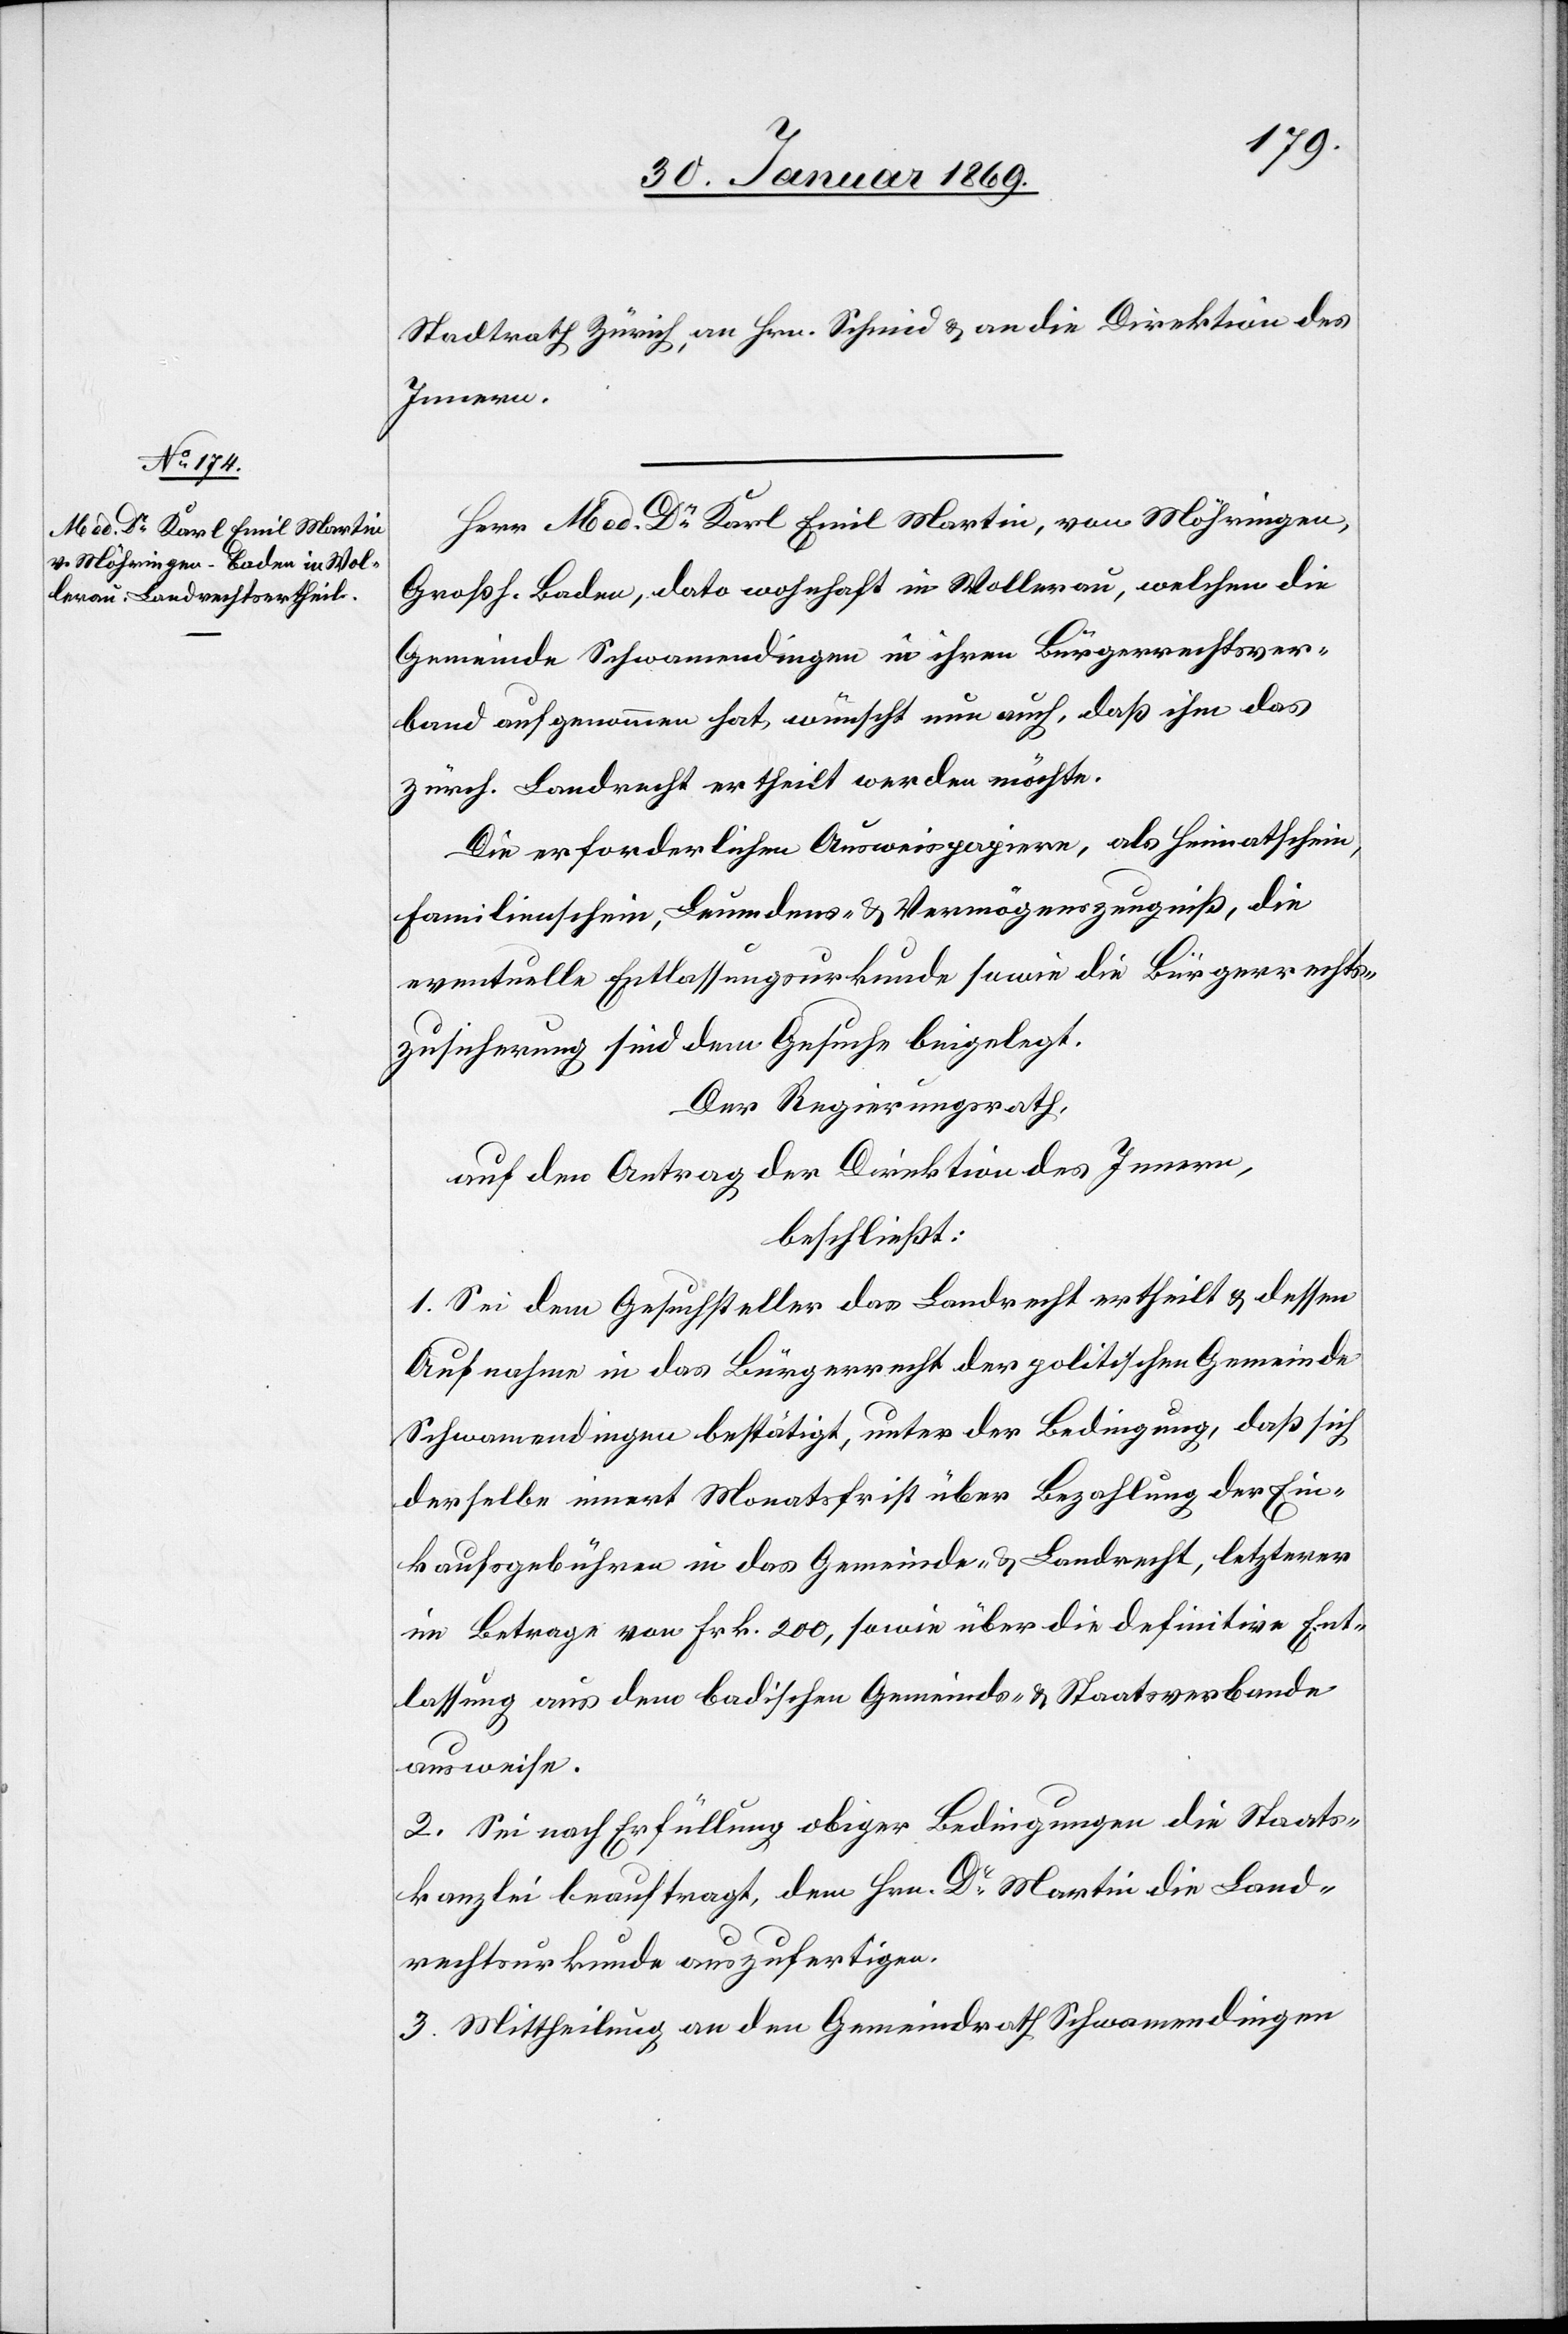
Stadtrath Zürich, an Hrn. Schmid u. an die Direktion des
Innern.
Herr Med. Dr Karl Emil Martin, von Möhringen,
Großh. Baden, dato wohnhaft in Wollerau, welchen die
Gemeinde Schwamendingen in ihren Bürgerrechtsver¬
band aufgenommen hat, wünscht nun auch, daß ihm das
zürch. Landrecht ertheilt werden möchte.
Die erforderlichen Ausweispapiere, als Heimatschein,
Familienschein, Leumdens- u. Vermögenszeugniß, die
eventuelle Entlassungsurkunde sowie die Bürgerrechts¬
zusicherung sind dem Gesuche beigelegt.
Der Regierungsrath,
auf den Antrag der Direktion des Innern,
beschließt:
1. Sei dem Gesuchsteller das Landrecht ertheilt u. dessen
Aufnahme in das Bürgerrecht der politischen Gemeinde
Schwamendingen bestätigt, unter der Bedingung, daß sich
derselbe innert Monatsfrist über Bezahlung der Ein¬
kaufsgebühren in das Gemeinde- u. Landrecht, letzterer
im Betrage von Frk. 200, sowie über die definitive Ent¬
lassung aus dem badischen Gemeinds- u. Staatsverbande
ausweise.
2. Sei nach Erfüllung obiger Bedingungen die Staats¬
kanzlei beauftragt, dem Hrn. Dr Martin die Land¬
rechtsurkunde auszufertigen.
3. Mittheilung an den Gemeindrath Schwamendingen